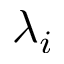
\lambda _ { i }